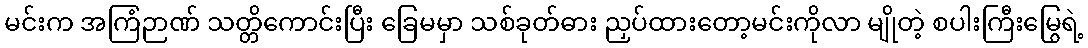
မင်းက အကြံဉာဏ် သတ္တိကောင်းပြီး ခြေမမှာ သစ်ခုတ်ဓား ညှပ်ထားတော့မင်းကိုလာ မျိုတဲ့ စပါးကြီးမြွေရဲ့